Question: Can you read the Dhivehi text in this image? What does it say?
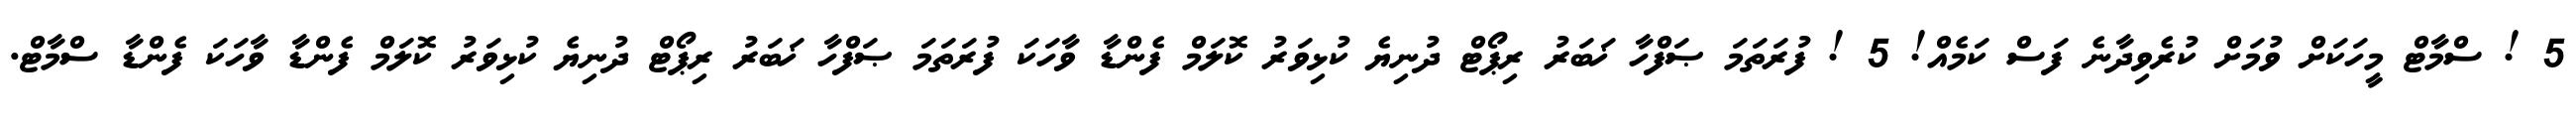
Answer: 5 ! ސްމާޓް މީހަކަށް ވުމަށް ކުރެވިދާނެ ފަސް ކަމެއް! 5 ! ފުރަތަމަ ޞަފްހާ ޚަބަރު ރިޕޯޓް ދުނިޔެ ކުޅިވަރު ކޮލަމް ފެންޑާ ވާހަކަ ފުރަތަމަ ޞަފްހާ ޚަބަރު ރިޕޯޓް ދުނިޔެ ކުޅިވަރު ކޮލަމް ފެންޑާ ވާހަކަ ފެންޑާ ސްމާޓް.